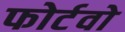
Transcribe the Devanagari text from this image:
फोर्टवो